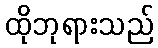
ထိုဘုရားသည်